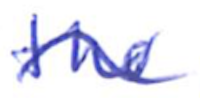
Text: the
Cross-out: wave
Writing tool: ballpoint